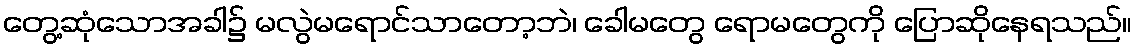
တွေ့ဆုံသောအခါ၌ မလွဲမရောင်သာတော့ဘဲ၊ ခေါမတွေ ရောမတွေကို ပြောဆိုနေရသည်။